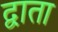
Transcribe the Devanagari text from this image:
द्वाता